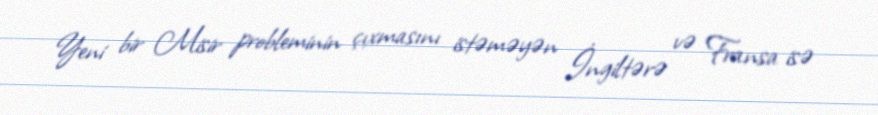
Yeni bir Misir probleminin çıxmasını istəməyən İngiltərə və Fransa isə